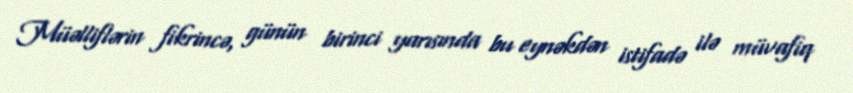
Müəlliflərin fikrincə, günün birinci yarısında bu eynəkdən istifadə ilə müvafiq